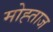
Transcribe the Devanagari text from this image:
मोह्ताज